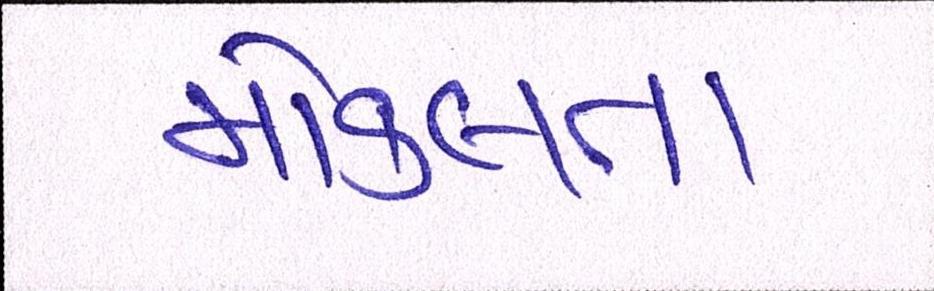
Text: મોકલતા